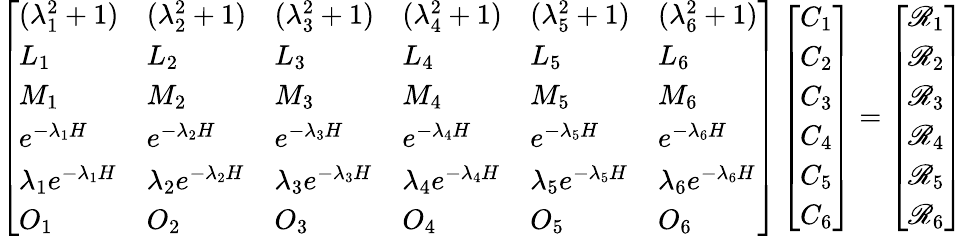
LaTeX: \left[\begin{array}{llllll}{(\lambda_{1}^{2}+1)}&{(\lambda_{2}^{2}+1)}&{(\lambda_{3}^{2}+1)}&{(\lambda_{4}^{2}+1)}&{(\lambda_{5}^{2}+1)}&{(\lambda_{6}^{2}+1)}\\ {L_{1}}&{L_{2}}&{L_{3}}&{L_{4}}&{L_{5}}&{L_{6}}\\ {M_{1}}&{M_{2}}&{M_{3}}&{M_{4}}&{M_{5}}&{M_{6}}\\ {e^{-\lambda_{1}H}}&{e^{-\lambda_{2}H}}&{e^{-\lambda_{3}H}}&{e^{-\lambda_{4}H}}&{e^{-\lambda_{5}H}}&{e^{-\lambda_{6}H}}\\ {\lambda_{1}e^{-\lambda_{1}H}}&{\lambda_{2}e^{-\lambda_{2}H}}&{\lambda_{3}e^{-\lambda_{3}H}}&{\lambda_{4}e^{-\lambda_{4}H}}&{\lambda_{5}e^{-\lambda_{5}H}}&{\lambda_{6}e^{-\lambda_{6}H}}\\ {O_{1}}&{O_{2}}&{O_{3}}&{O_{4}}&{O_{5}}&{O_{6}}\end{array}\right]\left[\begin{array}{l}{C_{1}}\\ {C_{2}}\\ {C_{3}}\\ {C_{4}}\\ {C_{5}}\\ {C_{6}}\end{array}\right]=\left[\begin{array}{l}{\mathscr{R}_{1}}\\ {\mathscr{R}_{2}}\\ {\mathscr{R}_{3}}\\ {\mathscr{R}_{4}}\\ {\mathscr{R}_{5}}\\ {\mathscr{R}_{6}}\end{array}\right]